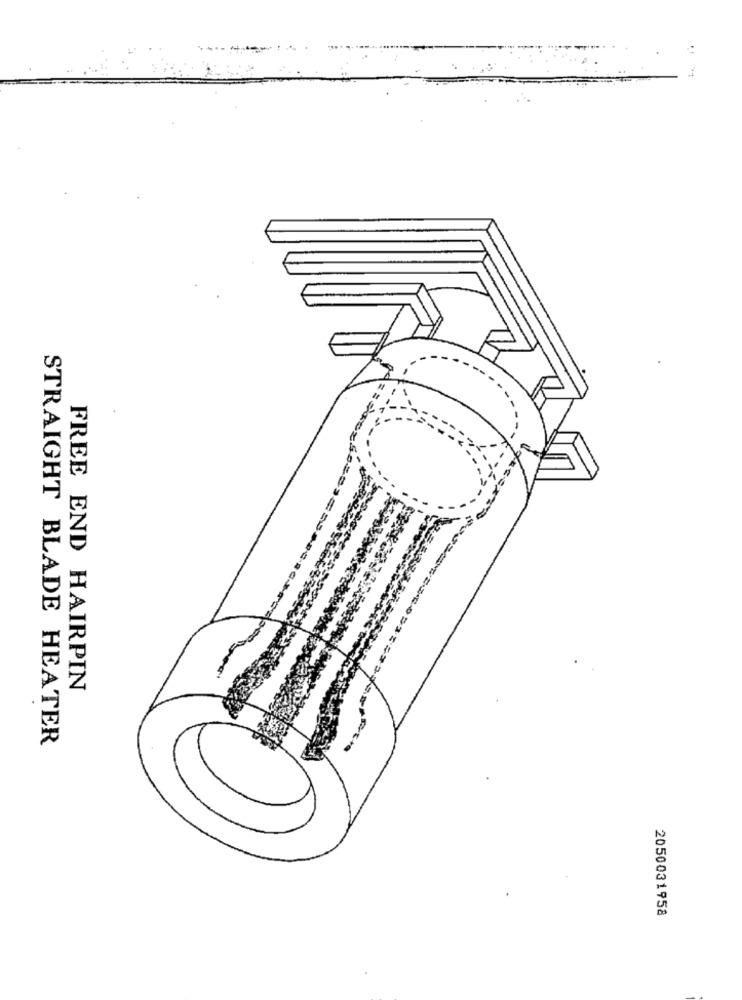
FREE END HAIRPIN
STRAIGHT BLADE HEATER
2050031958